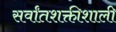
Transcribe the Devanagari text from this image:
सर्वांतशक्तीशाली